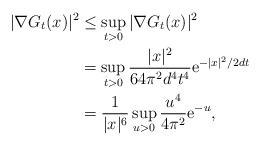
LaTeX: \begin{align*} |\nabla G_t(x)|^2 &\leq \sup_{t>0}|\nabla G_t(x)|^2\\ &= \sup_{t>0} \dfrac{|x|^2}{64\pi^2 d^4t^4}\mathrm{e}^{-|x|^2/2dt}\\&= \dfrac{1}{|x|^6}\sup_{u>0}\dfrac{u^4}{4\pi^2}\mathrm{e}^{-u},\end{align*}